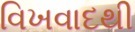
વિખવાદથી